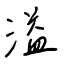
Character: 溢